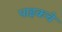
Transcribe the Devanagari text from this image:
पाइकचे